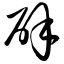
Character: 辟